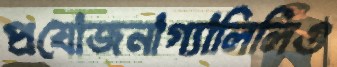
প্রযোজনাগ্যালিলিও